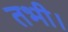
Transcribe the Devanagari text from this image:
तभी।